Code of medical and sanitary regulations for the guidance of medical officers serving in the Madras Presidency - Volume II
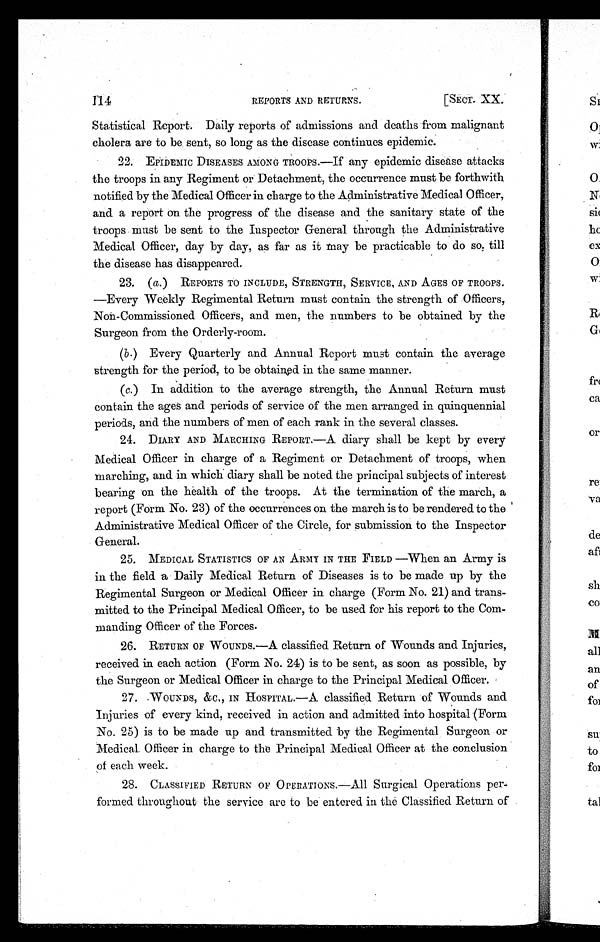
114
REPORTS AND RETURNS.
[SECT. XX.
Statistical Report. Daily reports of admissions and deaths from malignant
cholera are to be sent, so long as the disease continues epidemic.
22. EPIDEMIC DISEASES AMONG TROOPS.—If any epidemic disease attacks
the troops in any Regiment or Detachment, the occurrence must be forthwith
notified by the Medical Officer in charge to the Administrative Medical Officer,
and a report on the progress of the disease and the sanitary state of the
troops must be sent to the Inspector General through the Administrative
Medical Officer, day by day, as far as it may be practicable to do so, till
the disease has disappeared.
23. ( a. ) REPORTS TO INCLUDE, STRENGTH, SERVICE, AND AGES OF TROOPS
.
—Every Weekly Regimental Return must contain the strength of Officers,
Non-Commissioned Officers, and men, the numbers to be obtained by the
Surgeon from the Orderly-room.
(b.) Every Quarterly and Annual Report must contain the average
strength for the period, to be obtained in the same manner.
(c.) In addition to the average strength, the Annual Return must
contain the ages and periods of service of the men arranged in quinquennial
periods, and the numbers of men of each rank in the several classes.
24. DIARY AND MARCHING REPORT.—A diary shall be kept by every
Medical Officer in charge of a Regiment or Detachment of troops, when
marching, and in which diary shall be noted the principal subjects of interest
bearing on the health of the troops. At the termination of the march, a
report (Form No. 23) of the occurrences on the march is to be rendered to the
Administrative Medical Officer of the Circle, for submission to the Inspector
General.
25. MEDICAL STATISTICS OF AN ARMY IN THE FIELD—When an Army is
in the field a Daily Medical Return of Diseases is to be made up by the
Regimental Surgeon or Medical Officer in charge (Form No. 21) and trans-
mitted to the Principal Medical Officer, to be used for his report to the Com
-manding Officer of the Forces.
26. RETURN OF WOUNDS.—A classified Return of Wounds and Injuries,
received in each action (Form No. 24) is to be sent, as soon as possible, by
the Surgeon or Medical Officer in charge to the Principal Medical Officer.
27. WOUNDS, &C., IN HOSPITAL.—A classified Return of Wounds and
Injuries of every kind, received in action and admitted into hospital (Form
No. 25) is to be made up and transmitted by the Regimental Surgeon or
Medical Officer in charge to the Principal Medical Officer at the conclusion
of each week.
28. CLASSIFIED RETURN OF OPERATIONS.—All Surgical Operations per-
formed throughout the service are to be entered in the Classified Return of